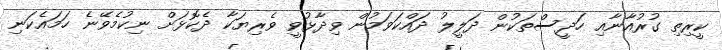
ކީރިތި ގުރުއާނާއި ހަދީސްތަކުން ދަލީލު ދައްކަވަމުން ވިދާޅުވީ ވެރިޔަކާ ދެކޮޅަށް ނިކުމެވޭނެ ހަމައެކަނި